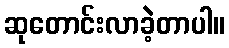
ဆုတောင်းလာခဲ့တာပါ။